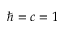
\hbar = c = 1